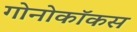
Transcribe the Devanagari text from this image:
गोनोकॉकस